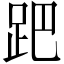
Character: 跁